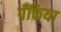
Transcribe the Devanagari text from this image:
पँक्तिया